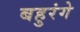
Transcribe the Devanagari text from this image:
बहुरंगे